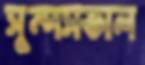
সুন্দসভাল